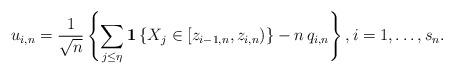
LaTeX: \begin{align*}u_{i,n}=\frac{1}{\sqrt{n}}\left\{ \sum_{j\leq \eta }{\bf 1}\left\{ X_{j}\in[z_{i-1,n},z_{i,n})\right\} -n\,q_{i,n}\right\} ,i=1,\ldots,s_{n}. \end{align*}